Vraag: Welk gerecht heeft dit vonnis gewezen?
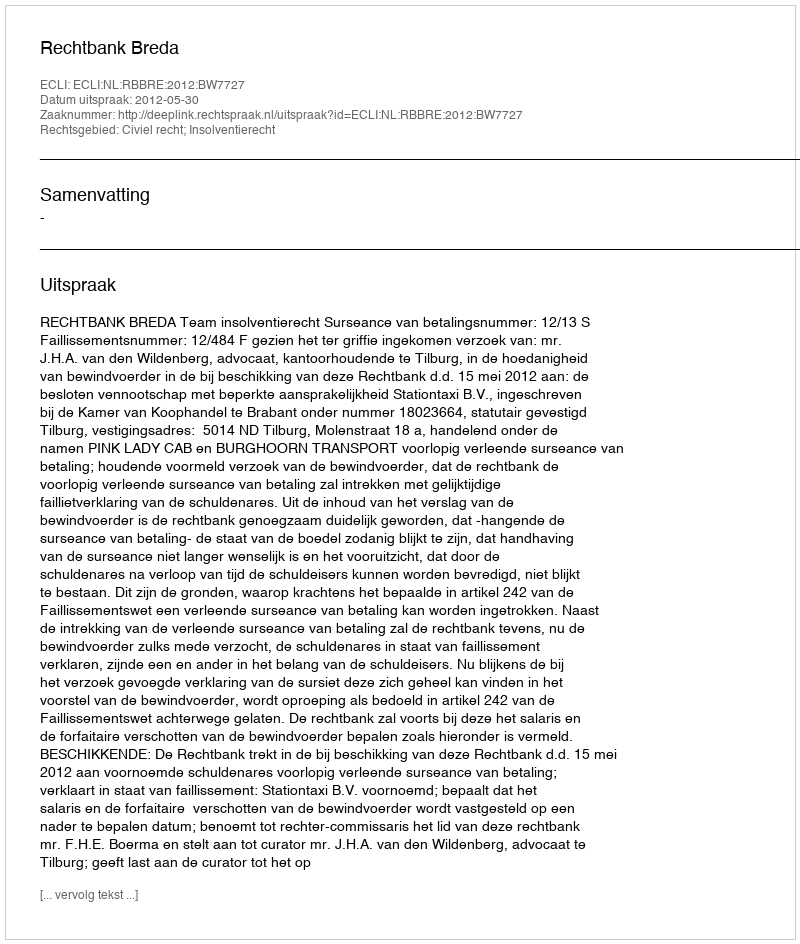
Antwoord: Rechtbank Breda